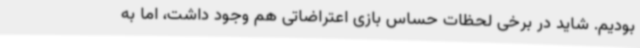
بودیم. شاید در برخی لحظات حساس بازی اعتراضاتی هم وجود داشت، اما به